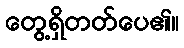
တွေ့ရှိတတ်ပေ၏။